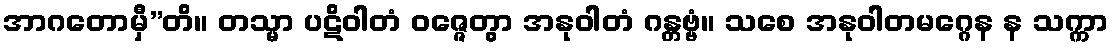
အာဂတောမှီ”တိ။ တသ္မာ ပဋိဝါတံ ဝဇ္ဇေတွာ အနုဝါတံ ဂန္တဗ္ဗံ။ သစေ အနုဝါတမဂ္ဂေန န သက္ကာ